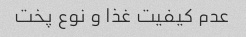
عدم کیفیت غذا و نوع پخت